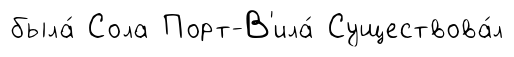
была́ Сола Порт-В'ила́ Существова́л